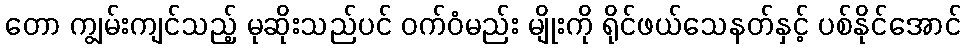
တော ကျွမ်းကျင်သည့် မုဆိုးသည်ပင် ဝက်ဝံမည်း မျိုးကို ရိုင်ဖယ်သေနတ်နှင့် ပစ်နိုင်အောင်